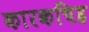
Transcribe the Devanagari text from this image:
कारकचिह्र